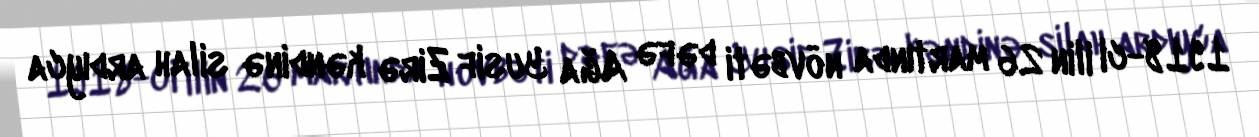
1918-ci ilin 26 martında növbəti dəfə Ağa Yusif Zirə kəndinə silah ardıyca